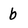
Character: b